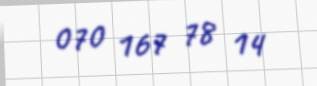
070 167 78 14